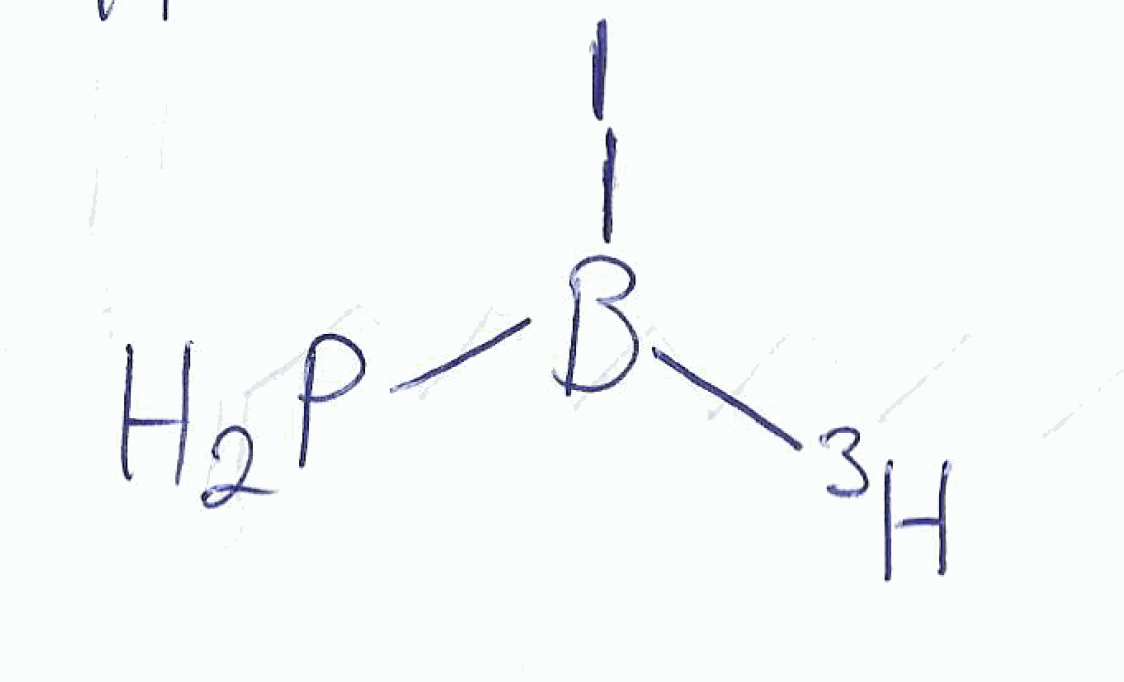
Simplified molecular-input line-entry system (SMILES) notation of the given molecule:
[3H]B(P)I